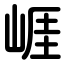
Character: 崕